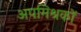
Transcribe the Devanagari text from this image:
अपमिश्रकों